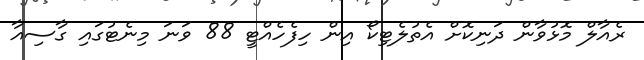
ރެއާލް މޮޅުވާން ދަނިކޮށް އެތުލެޓިކޯ އިން ހިފެހެއްޓީ 88 ވަނަ މިނެޓުގައި ގާސިއާ